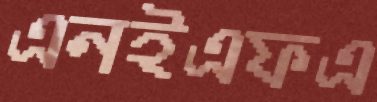
এনইএফএ